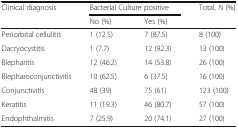
| <ROWSPAN=2> Clinical diagnosis | <COLSPAN=2> Bacterial Culture positive | <ROWSPAN=2> Total, N (%) |
 | No (%) | Yes (%) |
 | --- | --- | --- | --- |
 | Periorbital cellulitis | 1 (12.5) | 7 (87.5) | 8 (100) |
 | Dacryocystitis | 1 (7.7) | 12 (92.3) | 13 (100) |
 | Blepharitis | 12 (46.2) | 14 (53.8) | 26 (100) |
 | Blepharoconjunctivitis | 10 (62.5) | 6 (37.5) | 16 (100) |
 | Conjunctivitis | 48 (39) | 75 (61) | 123 (100) |
 | Keratitis | 11 (19.3) | 46 (80.7) | 57 (100) |
 | Endophthalmitis | 7 (25.9) | 20 (74.1) | 27 (100) |